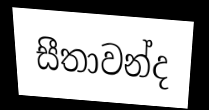
සීතාවන්ද